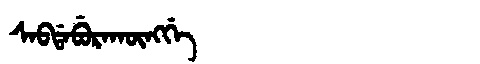
Manchu: ᠰᠠᠪᡩᠠᠪᡠᡵᠠᡴᡡᠩᡤᡝ
Romanization: SABDABURAKŪNGGE